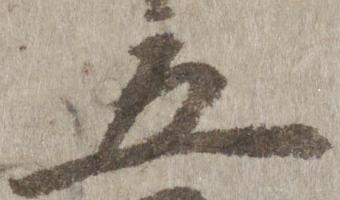
五